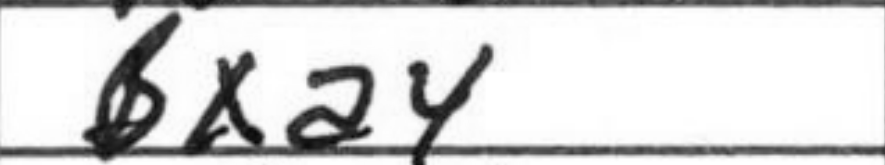
Transcription: Bxa4